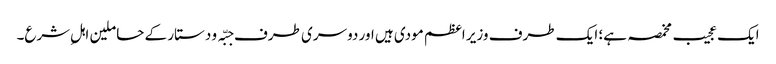
ایک عجیب مخمصہ ہے؛ ایک طرف وزیر اعظم مودی ہیں اور دوسری طرف جبّہ و دستار کے حاملین اہلِ شرع۔